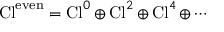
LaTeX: \operatorname { C l } ^ { \mathrm { e v e n } } = \operatorname { C l } ^ { 0 } \oplus \operatorname { C l } ^ { 2 } \oplus \operatorname { C l } ^ { 4 } \oplus \cdots